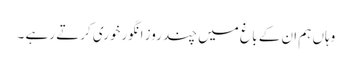
وہاں ہم ان کے با غ میں چند روز انگورخوری کرتے رہے ۔